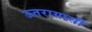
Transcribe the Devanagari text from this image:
ऊतरायासी